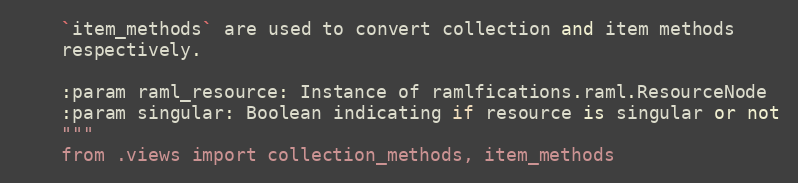
Language: Python
    `item_methods` are used to convert collection and item methods
    respectively.

    :param raml_resource: Instance of ramlfications.raml.ResourceNode
    :param singular: Boolean indicating if resource is singular or not
    """
    from .views import collection_methods, item_methods